Indian journal of veterinary science and animal husbandry - Volume 7,
Year: 1937
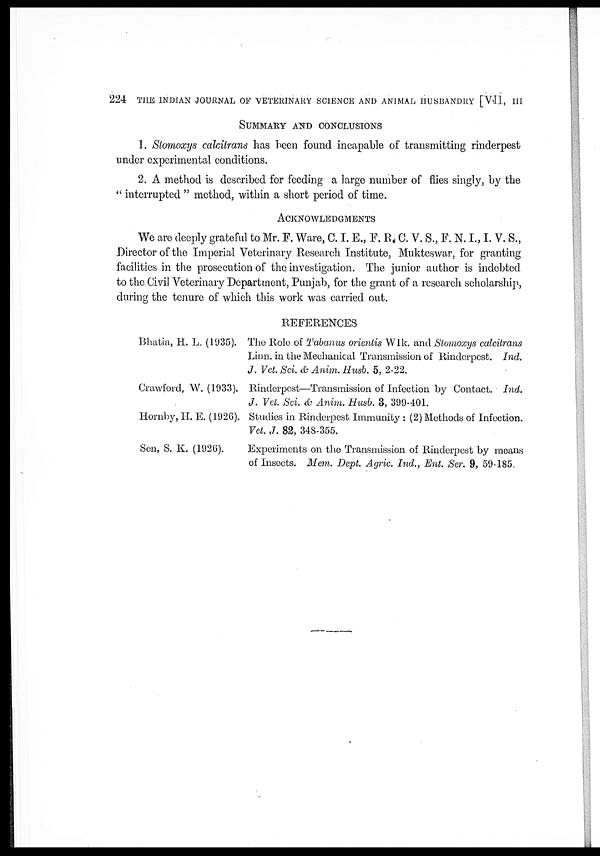
224 THE INDIAN JOURNAL OF VETERINARY SCIENCE AND ANIMAL HUSBANDRY [VII, III
SUMMARY AND CONCLUSIONS
1. Stomaxys calcitrans has been found incapable of transmitting rinderpest
under experimental conditions.
2. A method is described for feeding a large number of flies singly, by the
" interrupted " method, within a short period of time.
ACKNOWLEDGMENTS
We are deeply grateful to Mr. F. Ware, C. I. E., F. R. C. V. S., F. N. I., I. V. S.,
Director of the Imperial Veterinary Research Institute, Mukteswar, for granting
facilities in the prosecution of the investigation. The junior author is indebted
to the Civil Veterinary Department, Punjab, for the grant of a research scholarship,
during the tenure of which this work was carried out.
REFERENCES
Bhatia, H. L. (1935).
Crawford, W. (1933).
Hornby, H.E. (1926).
Sen, S. K. (1926).
The Role of Tabanus orientis Wlk. and Stomoxys calcitrans
Linn. in the Mechanical Transmission of Rinderpest. Ind.
J. Vet. Sci. & Anim. Husb. 5, 2-22.
Rinderpest—Transmission of Infection by Contact. Ind.
J. Vet. Sci. & Anim. Husb. 3, 399-401.
Studies in Rinderpest Immunity : (2) Methods of Infection.
Vet. J. 82, 348-355.
Experiments on the Transmission of Rinderpest by means
of Insects. Mem. Dept. Agric. Ind., Ent. Ser. 9, 59-185